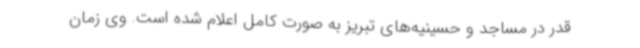
قدر در مساجد و حسینیه‌های تبریز به صورت کامل اعلام شده است. وی زمان